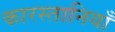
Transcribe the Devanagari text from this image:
कारस्तानियाँ